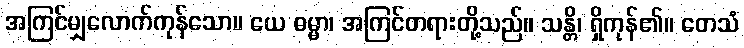
အကြင်မျှလောက်ကုန်သော။ ယေ ဓမ္မာ၊ အကြင်တရားတို့သည်။ သန္တိ၊ ရှိကုန်၏။ တေသံ